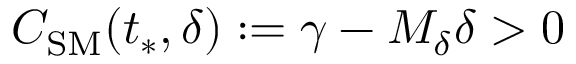
C _ { \mathrm { S M } } ( t _ { * } , \delta ) : = \gamma - M _ { \delta } \delta > 0